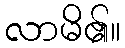
လာမိ၏။